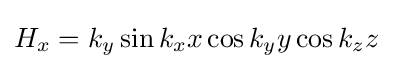
H_{x}=k_{y}\sin k_{x}x\cos k_{y}y\cos k_{z}z